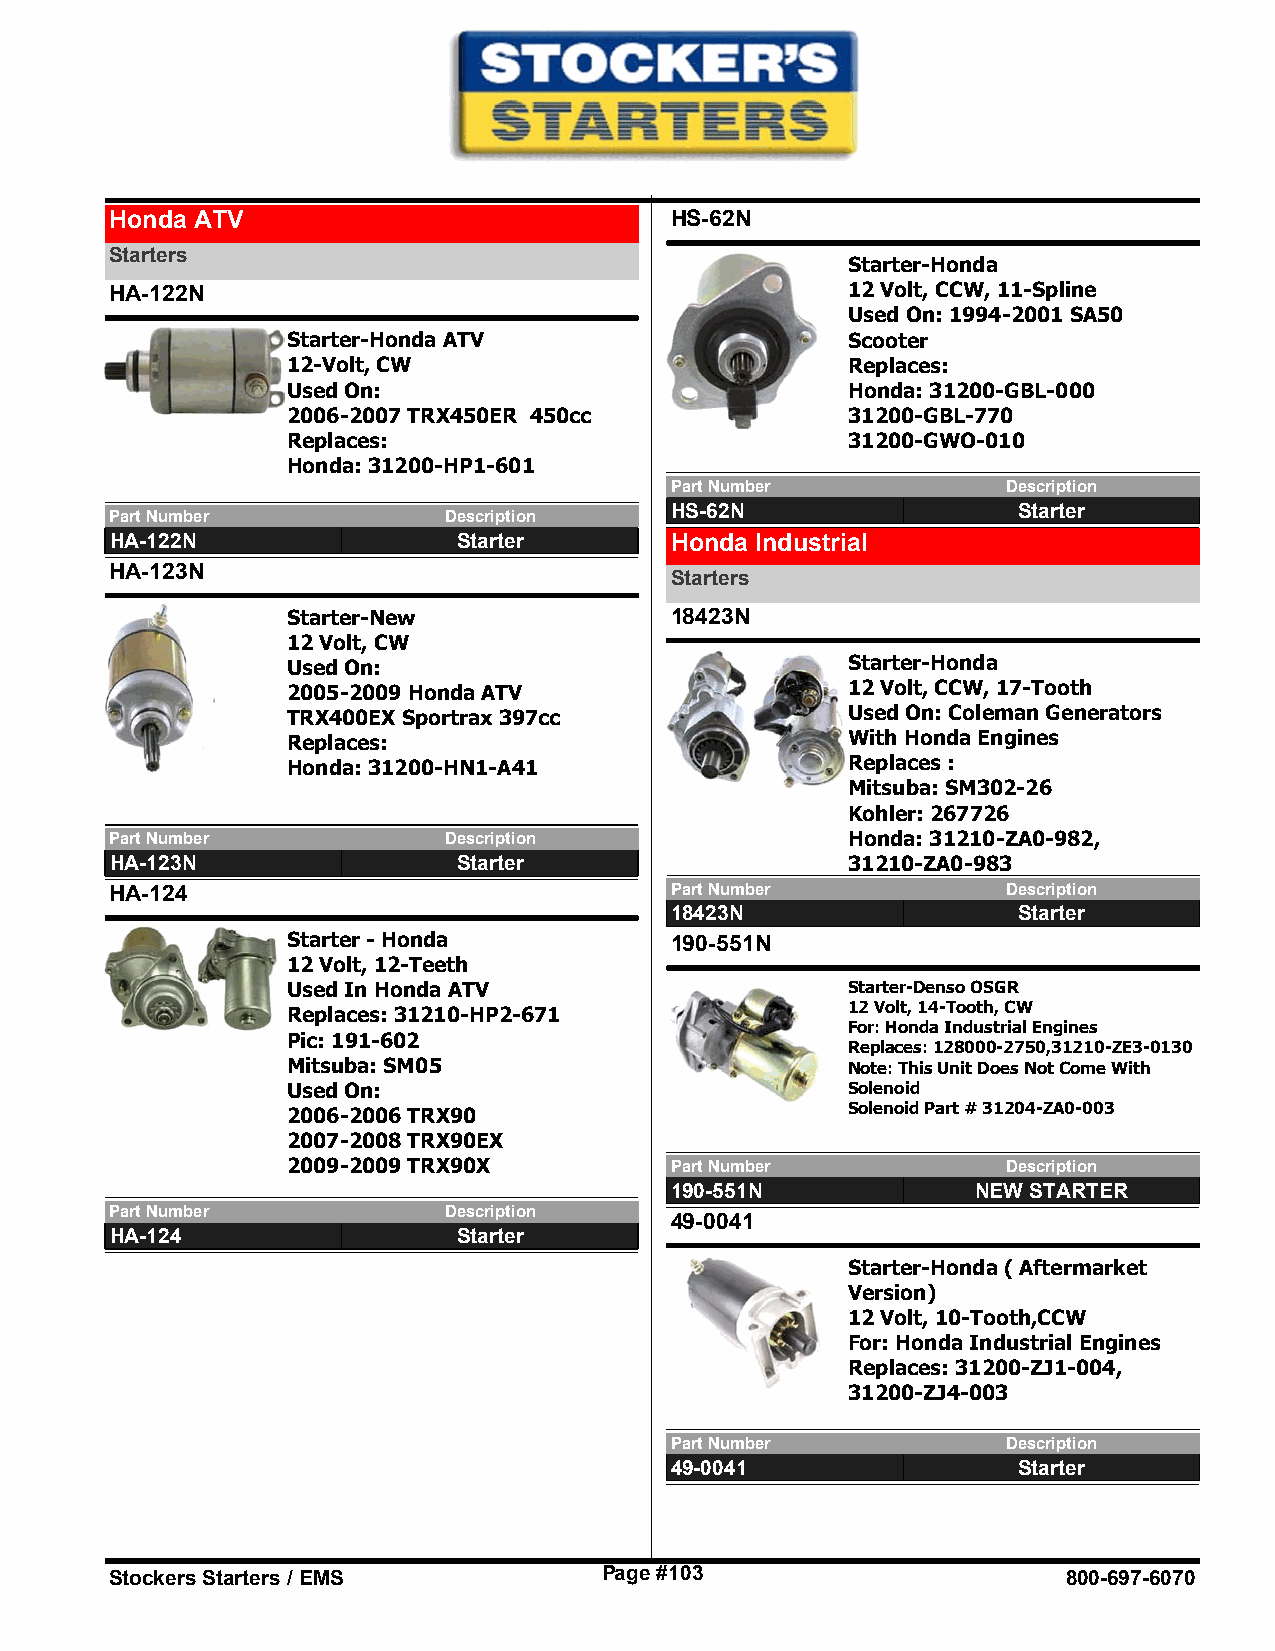
Honda ATV                            HS-62N
 Starters
 Starter-Honda
 HA-122N                                          12 Volt, CCW, 11-Spline
 Used On: 1994-2001 SA50
 Starter-Honda ATV                    Scooter
 12-Volt, CW                          Replaces:
 Used On:                             Honda: 31200-GBL-000
 2006-2007 TRX450ER 450cc             31200-GBL-770
 Replaces:                            31200-GWO-010
 Honda: 31200-HP1-601
 Part Number            Description
 Part Number           Description    HS-62N                 Starter
 HA-122N                Starter       Honda Industrial
 HA-123N
 Starters
 Starter-New              18423N
 12 Volt, CW
 Used On:                             Starter-Honda
 2005-2009 Honda ATV                  12 Volt, CCW, 17-Tooth
 TRX400EX Sportrax 397cc              Used On: Coleman Generators
 Replaces:                            With Honda Engines
 Honda: 31200-HN1-A41                 Replaces :
 Mitsuba: SM302-26
 Kohler: 267726
 Part Number           Description                Honda: 31210-ZA0-982,
 HA-123N                Starter                   31210-ZA0-983
 HA-124                               Part Number            Description
 18423N                 Starter
 Starter - Honda          190-551N
 12 Volt, 12-Teeth
 Used In Honda ATV                    Starter-Denso OSGR
 12 Volt, 14-Tooth, CW
 Replaces: 31210-HP2-671
 For: Honda Industrial Engines
 Pic: 191-602
 Replaces: 128000-2750,31210-ZE3-0130
 Mitsuba: SM05                        Note: This Unit Does Not Come With
 Used On:                             Solenoid
 Solenoid Part # 31204-ZA0-003
 2006-2006 TRX90
 2007-2008 TRX90EX
 2009-2009 TRX90X         Part Number            Description
 190-551N             NEW STARTER
 Part Number           Description
 49-0041
 HA-124                 Starter
 Starter-Honda ( Aftermarket
 Version)
 12 Volt, 10-Tooth,CCW
 For: Honda Industrial Engines
 Replaces: 31200-ZJ1-004,
 31200-ZJ4-003
 Part Number            Description
 49-0041                Starter
 Stockers Starters / EMS          Page #103                      800-697-6070